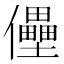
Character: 㒦